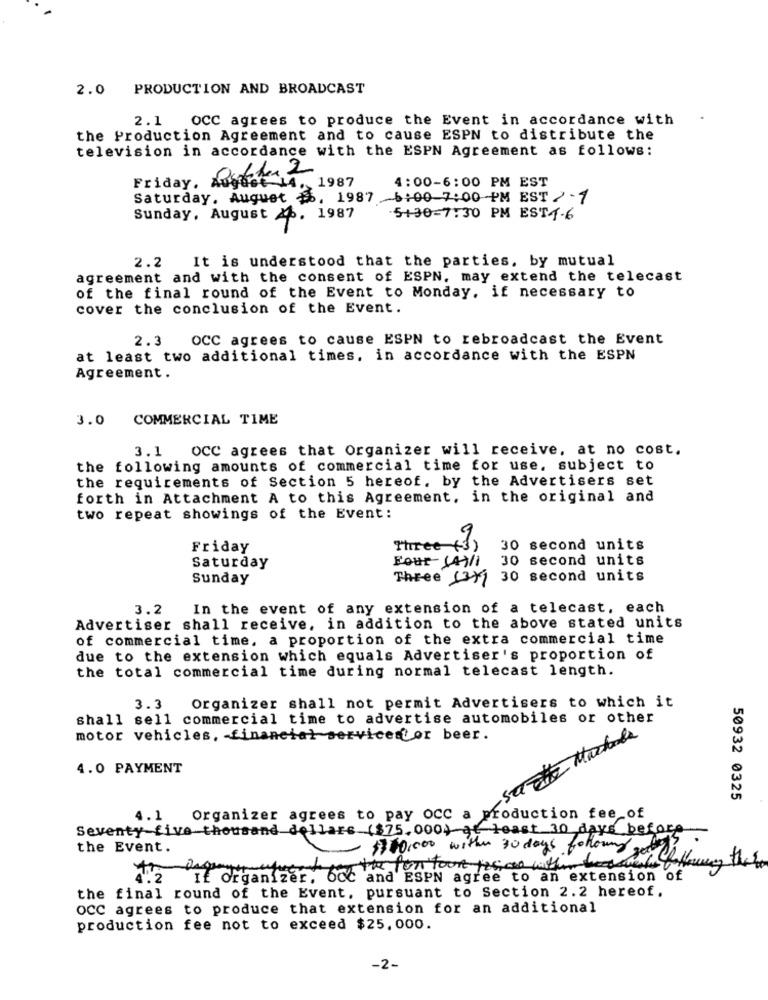
2.0 PRODUCTION AND BROADCAST
2.1
OCC agrees to produce the Event in accordance with
the Production Agreement and to cause ESPN to distribute the
television in accordance with the ESPN Agreement as follows:
Friday. 20168
1987
4:00-6: 00 PM EST
Saturday. August #8, 1987
6:00 7:00 PM EST 2 -1
Sunday, August Ab. 1987
5+30-7:30 PM EST4-6
2.2 It is understood that the parties, by mutual
agreement and with the consent of ESPN. may extend the telecast
of the final round of the Event to Monday, if necessary to
cover the conclusion of the Event.
2.3
OCC agrees to cause ESPN to rebroadcast the Event
at least two additional times, in accordance with the ESPN
Agreement.
3.0 COMMERCIAL TIME
3.1 OCC agrees that Organizer will receive, at no cost.
the following amounts of commercial time for use, subject to
the requirements of Section 5 hereof, by the Advertisers set
forth in Attachment A to this Agreement, in the original and
two repeat showings of the Event:
Friday
"free (1)
30 second units
Four (4)/1 30 second units
Saturday
Sunday
Three (37)
30 second units
3.2
In the event of any extension of a telecast, each
Advertiser shall receive, in addition to the above stated units
of commercial time, a proportion of the extra commercial time
due to the extension which equals Advertiser's proportion of
the total commercial time during normal telecast length.
3.3
Organizer shall not permit Advertisers to which it
shall sell commercial time to advertise automobiles or other
motor vehicles, - financial service tor beer.
4.0 PAYMENT
50932 0325
.1
Organizer agrees to pay occ a production fee of
Seventy five thousand dollars ($75.000, at least 30 days before
the Event.
$10,000 within 30 days follownd gelen
for the full Tourt 125, 00 wither bes sweat following the boom
If Organizer, OCC and ESPN agree to an extension of
the final round of the Event, pursuant to Section 2.2 hereof.
OCC agrees to produce that extension for an additional
production fee not to exceed $25,000.
-2-